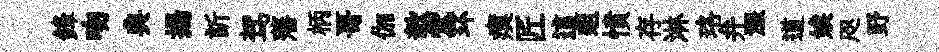
鋒吻典揚訢驾藩柄哥伽欹掌环瘼匠這爼憤存淋珞弁漲道娭咫野